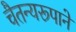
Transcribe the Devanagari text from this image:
चैतन्यरूपाने